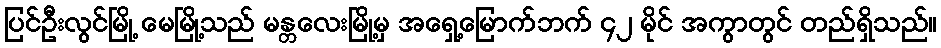
ပြင်ဦးလွင်မြို့ မေမြို့သည် မန္တလေးမြို့မှ အရှေ့မြောက်ဘက် ၄၂ မိုင် အကွာတွင် တည်ရှိသည်။